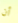
أن